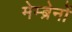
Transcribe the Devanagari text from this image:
मेम्ब्रेनों